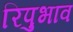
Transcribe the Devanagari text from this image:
रिपुभाव